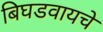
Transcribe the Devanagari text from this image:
बिघडवायचे